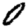
Digit: 0